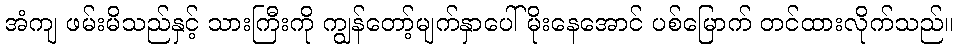
အံကျ ဖမ်းမိသည်နှင့် သားကြီးကို ကျွန်တော့်မျက်နှာပေါ် မိုးနေအောင် ပစ်မြောက် တင်ထားလိုက်သည်။